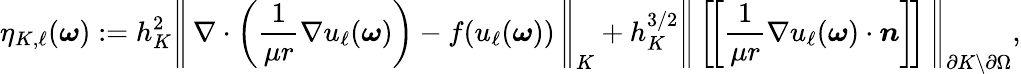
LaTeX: \eta_{K,\ell}(\boldsymbol\omega):=h_{K}^{2}\left\Vert\, \nabla\cdot\left(\frac{1}{\mu r}\nabla u_{\ell}(\boldsymbol\omega)\right)-f(u_{\ell}(\boldsymbol\omega))\, \right\Vert_{K}+h_{K}^{3/2}\left\Vert\, \left[\! \left[\frac{1}{\mu r}\nabla u_{\ell}(\boldsymbol\omega)\cdot\boldsymbol n\right]\! \right]\, \right\Vert_{\partial K\setminus\partial\Omega},